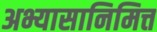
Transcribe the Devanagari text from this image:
अभ्यासानिमित्त